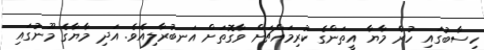
ހިސާބުގައި ހުރެ މާޔާ އީތަންގެ ކުރިމައްޗަށް ވާގޮތަށް އަނބުރާލިއެވެ. އަދި މާޔާގެ މޫނުގައި